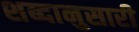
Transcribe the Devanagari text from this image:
शब्दानुसारी